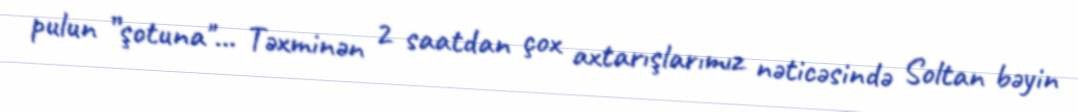
pulun ”şotuna"... Təxminən 2 saatdan çox axtarışlarımız nəticəsində Soltan bəyin